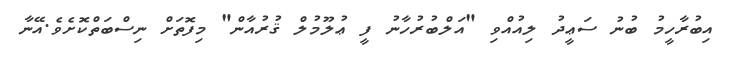
އިބުރާހީމު ބުނު ސަޢީދު ލިއުއްވި "އަލްބުރުހާނު ފީ ޢުލޫމުލް ޤުރުއާން" މިފޮތަށް ނިސްބަތްކޮށެވެ.އޭނާ